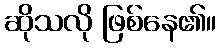
ဆိုသလို ဖြစ်နေ၏။